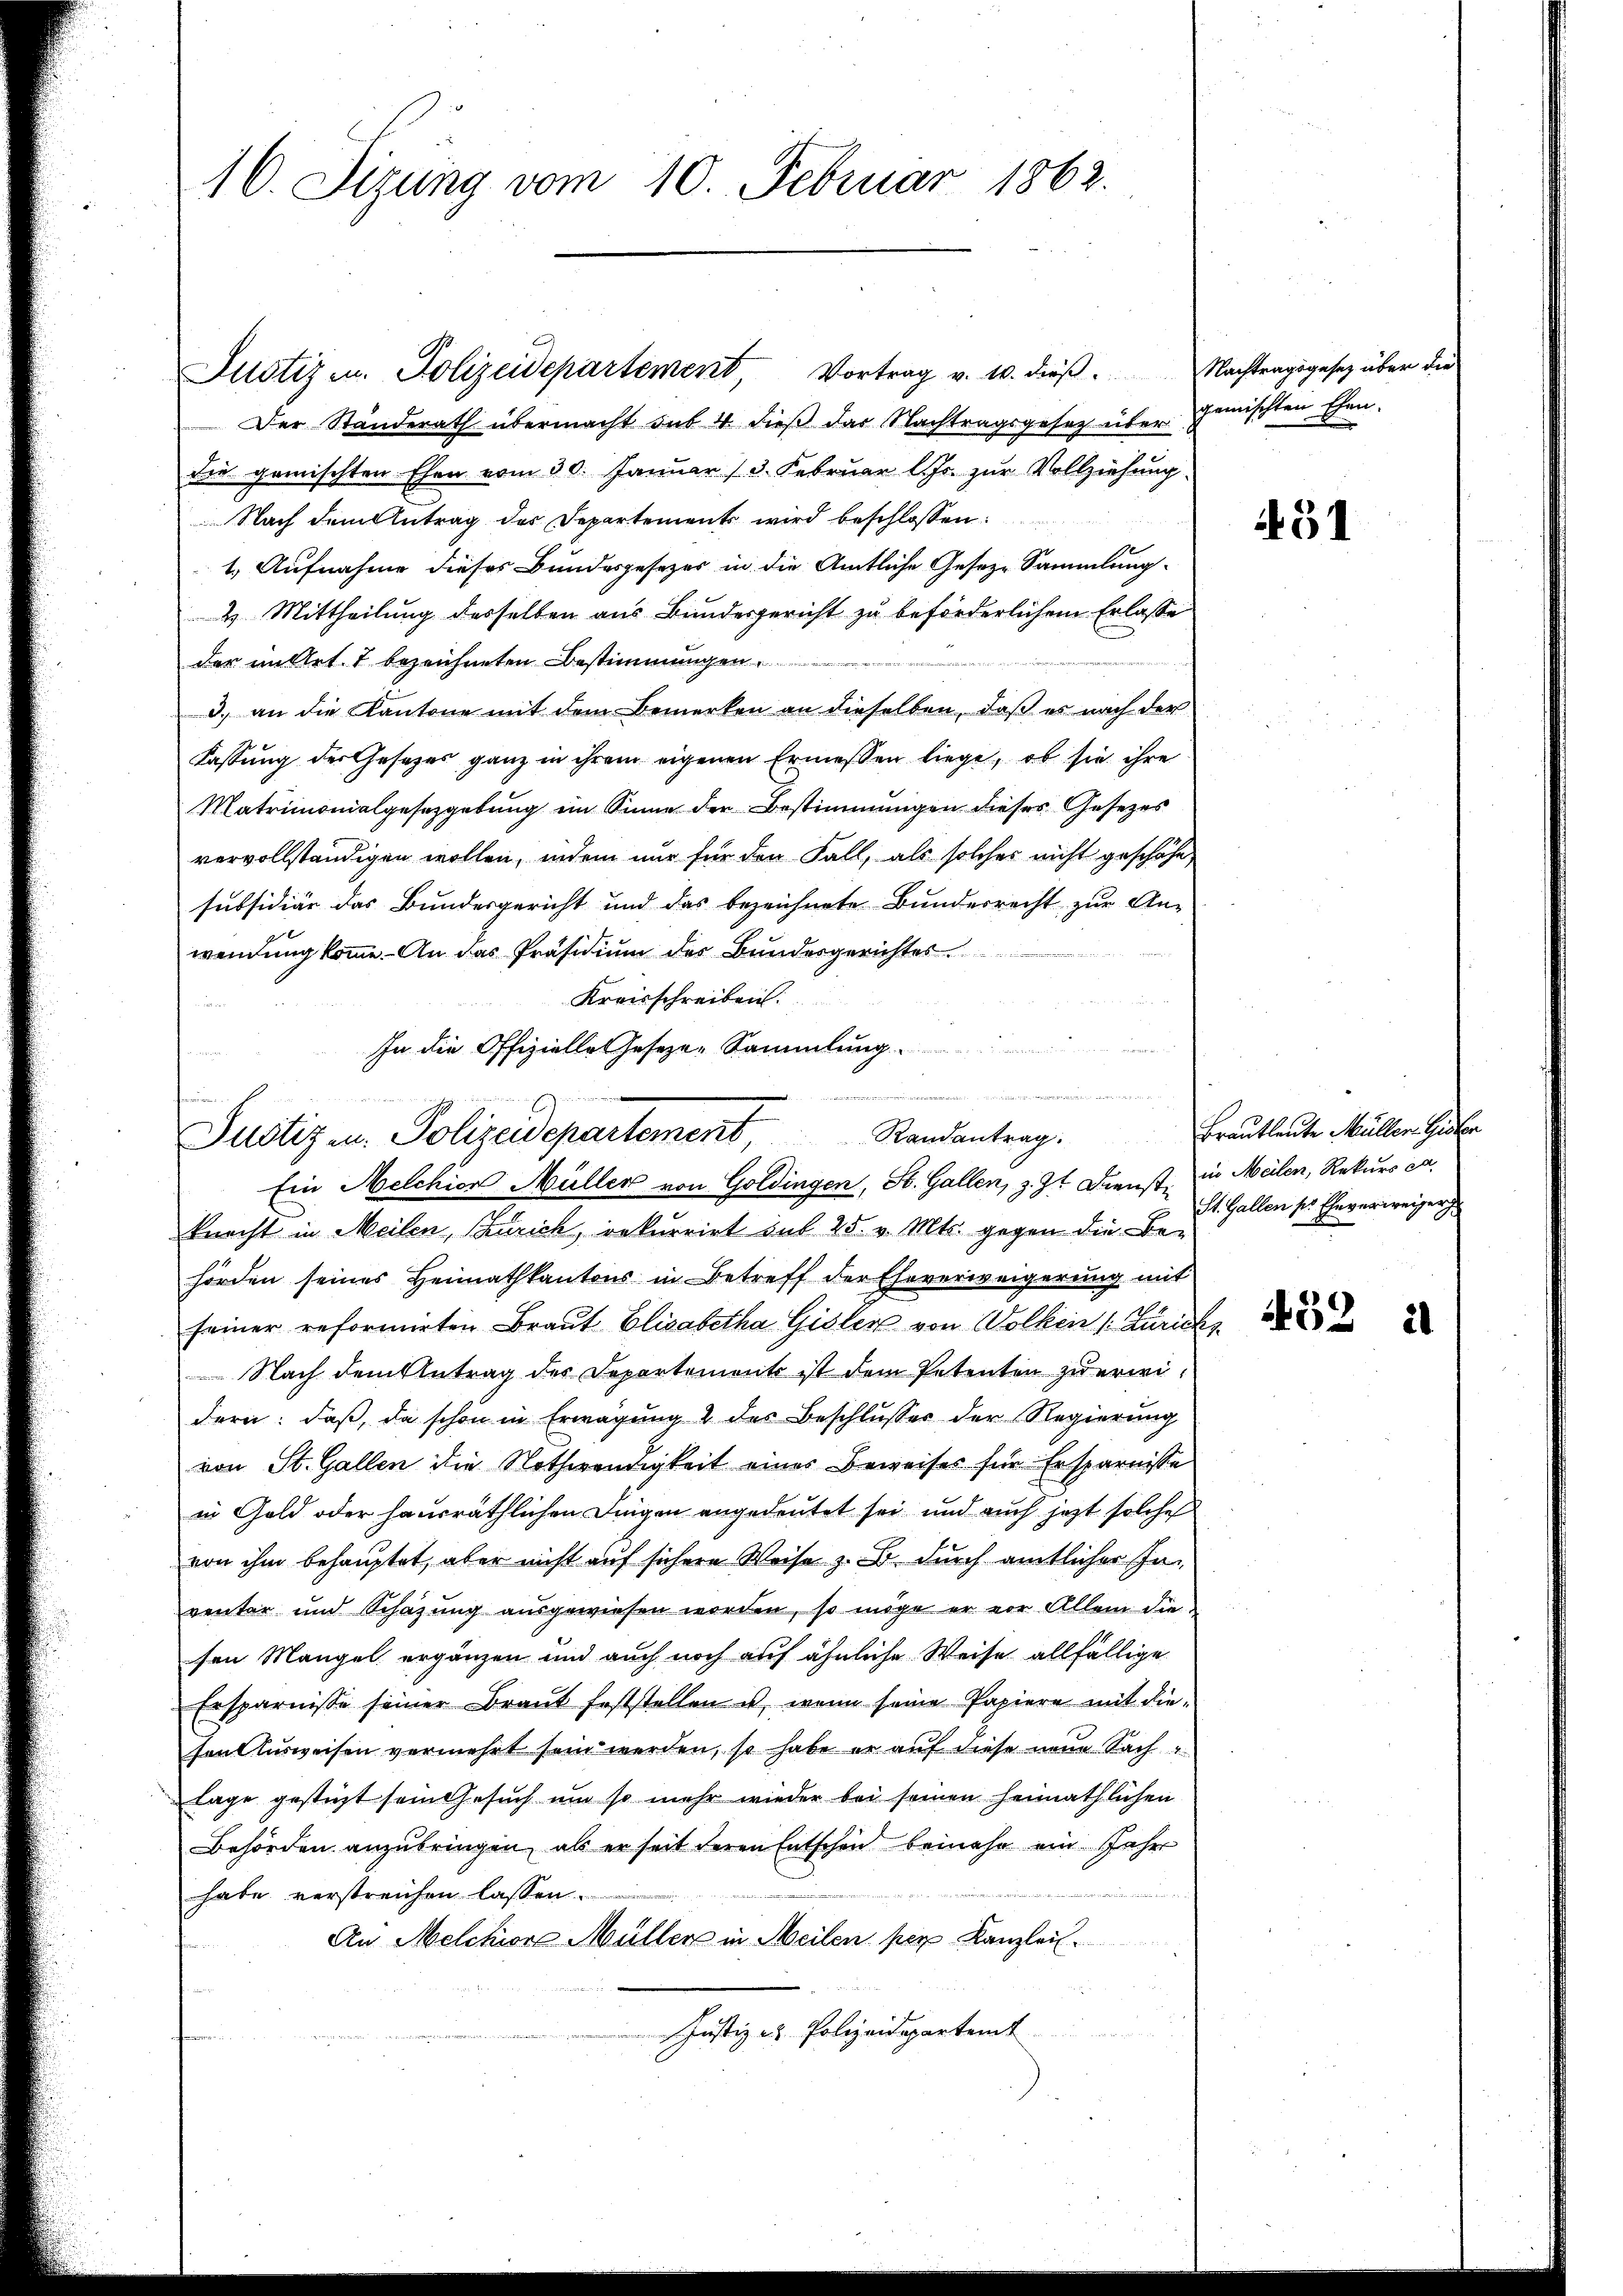
16. Sizung vom 10. Februar 1862.

Justiz u. Polizeidepartement, Vortrag v. 10. dieβ. Machtragsgesetz über die
Der Standerath übermacht aus 4 dieß das Nachtragsgesetz über
die gemischten Ehen vom 30. Januar 13. Februar l. Js. zur Vollziehung
Nach dem Antrag des Departements wird beschlossen:
1. Aufnahme dieses Bundesgesezes in die Amtliche Geseze Sammlung.
2. Mittheilung desselben aus Bundesgericht zu beförderlichem Erlasse
der millet 7 bezeichneten Bestimmungen
d. an die Kantone mit dem Bemerken an dieselben, daß es nach der
Fassung der Gesetzes ganz in ihrem eigenen Ermessen liege, ob sie ihre
Matrimonialgesetzgebung im Sinne der Bestimmungen dieses Gesetzes
vervollständigen wollen, indem nur für den Fall, als solches nicht geschähe,
subsidiär das Bundesgericht und das bezeichnete Bundesrecht zur An-
wendung komme. An das Präsidium des Bundesgerichtes
Kreisschreiben.
In die Offizielle Geseze-Sammlung

2
u
Justiz u. Polizeidepartement              Randantrag.
Ein Melchion Müller von Goldingen, St. Gallen, z. Zt. Dienst, in Meilen, Rekurs ca

knecht in Meilen, Zürich, rekurrirt auf 25. v. Mts. gegen die Behörden seines Heimathkantons in Betreff der Eheverweigerung mit
seiner reformirten Braut Elisabetha Gisler von Wolken (Zürich
 Nach dem Antrag des Departements ist dem Petenten zu erweidern: daß, da schon in Erwägung 2 des Beschlusses der Regierung
von St. Gallen die Nothwendigkeit eines Beweises für Ersparnisse
in Gold oder hausräthlichen Dingen angedeutet sei und auch jetzt solche
von ihm behauptet, aber nicht auf sichere Weise z. B. durch amtlicher Inventar und Schazung ausgewiesen worden, so möge er vor Allem die
fen Mangel ergänzen und auch noch auf ähnliche Weise allfällige
Ersparnisse seiner Braut feststellen u. wenn seine Papiere mit die¬
Honlusweisen vermehrt sein werden, so habe er auf diese neue Sach
Lage gestüzt sein Gesuch um so mehr wieder bei seinen heimathlichen
Behörden anzubringen, als er seit deren Entschen bemehr ein Jahr
habe verstreichen lassen.
An Melchior Müller in Meilen per Kanzlei.
Justiz- & Polizeidepartemt

gemischten Ehen.

451

Brautleute Müller Gisler
St. Gallen pr Eheverweiger

452 i